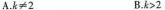
A.$$k\neq2$$ B.$$k>2$$